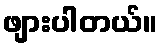
ဖျားပါတယ်။